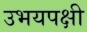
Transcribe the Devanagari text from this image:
उभयपक्षी